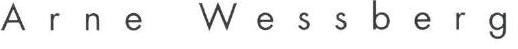
Arne Wessberg